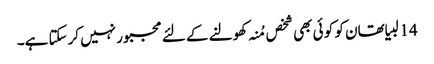
14 لبیا تھان کو کو ئی بھی شخص مُنہ کھولنے کے لئے مجبور نہیں کرسکتا ہے۔